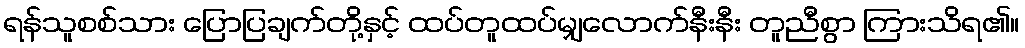
ရန်သူစစ်သား ပြောပြချက်တို့နှင့် ထပ်တူထပ်မျှလောက်နီးနီး တူညီစွာ ကြားသိရ၏။